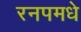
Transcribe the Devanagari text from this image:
रनपमधे